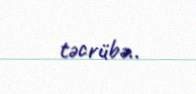
təcrübə..